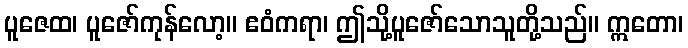
ပူဇေထ၊ ပူဇော်ကုန်လော့။ ဧဝံကရာ၊ ဤသို့ပူဇော်သောသူတို့သည်။ ဣတော၊